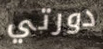
دورتي